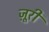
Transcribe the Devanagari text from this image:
ज़ूरी